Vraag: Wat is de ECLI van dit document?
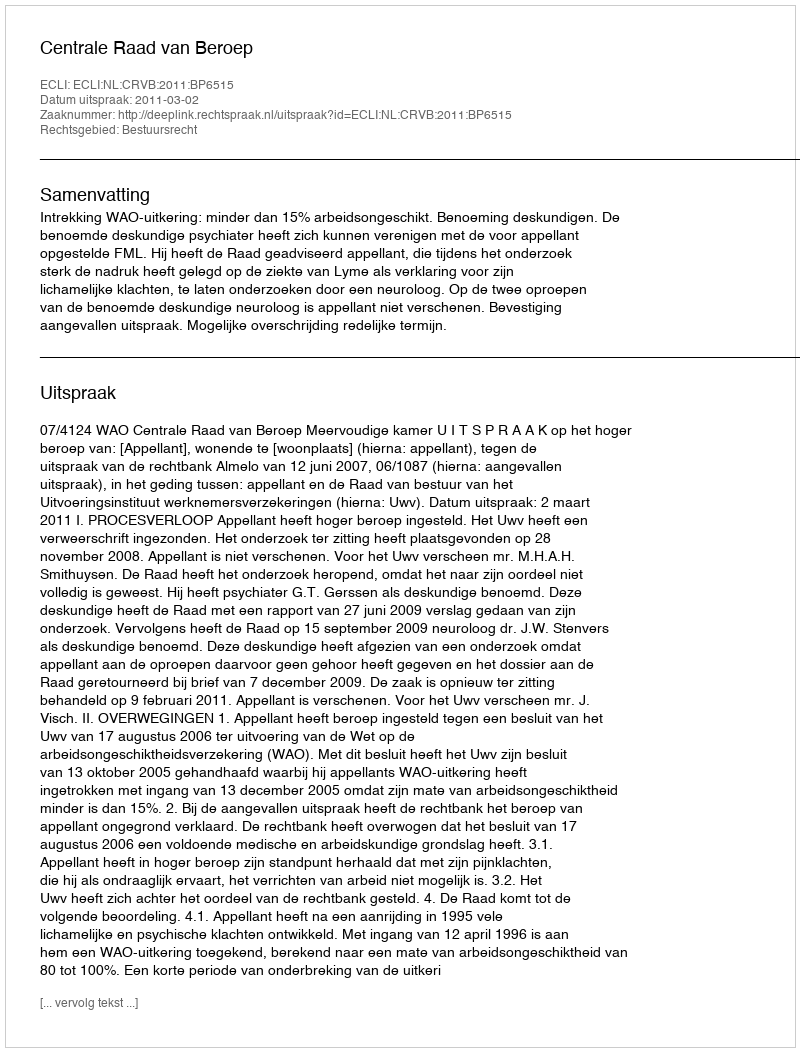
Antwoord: ECLI:NL:CRVB:2011:BP6515